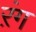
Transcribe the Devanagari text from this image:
ऱंग